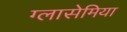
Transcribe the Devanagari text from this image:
ग्लासेमिया